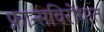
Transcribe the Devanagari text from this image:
फ्रान्सविरोधात